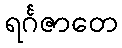
ရင်္ဂဇာတေ